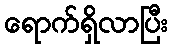
ရောက်ရှိလာပြီး